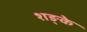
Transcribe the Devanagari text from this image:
शङ्के